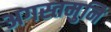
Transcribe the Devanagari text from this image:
अगस्तमुनि